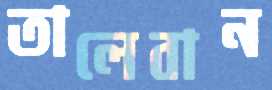
তালেবান